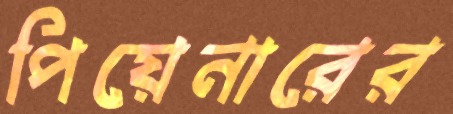
পিয়েনারের